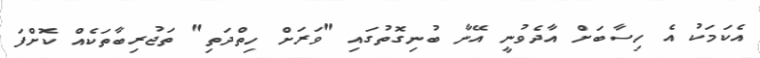
އެކަމަކު އެ ހިސާބަށް އާދެވުނީ އޭނާ ބުނިގޮތުގައި "ވަރަށް ހިތްދަތި" ތަޖުރިބާތަކެއް ކޮށްފަ